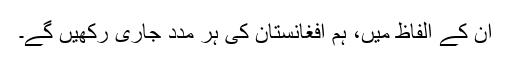
اُن کے الفاظ میں، ہم افغانستان کی ہر مدد جاری رکھیں گے۔